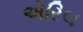
એરિલ